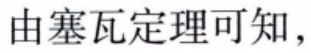
由塞瓦定理可知，